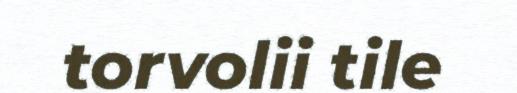
torvolii tile